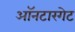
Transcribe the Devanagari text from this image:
ऑनटारगेट